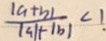
\frac { \vert a + b \vert } { \vert a \vert - \vert b \vert } < 1